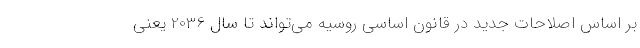
بر اساس اصلاحات جدید در قانون اساسی روسیه می‌تواند تا سال 2036 یعنی